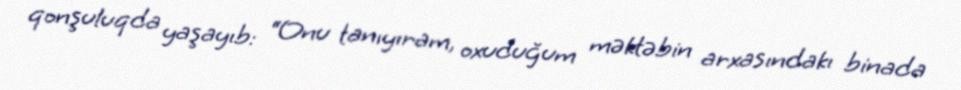
qonşuluqda yaşayıb: “Onu tanıyıram, oxuduğum məktəbin arxasındakı binada